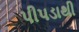
પીપડાથી